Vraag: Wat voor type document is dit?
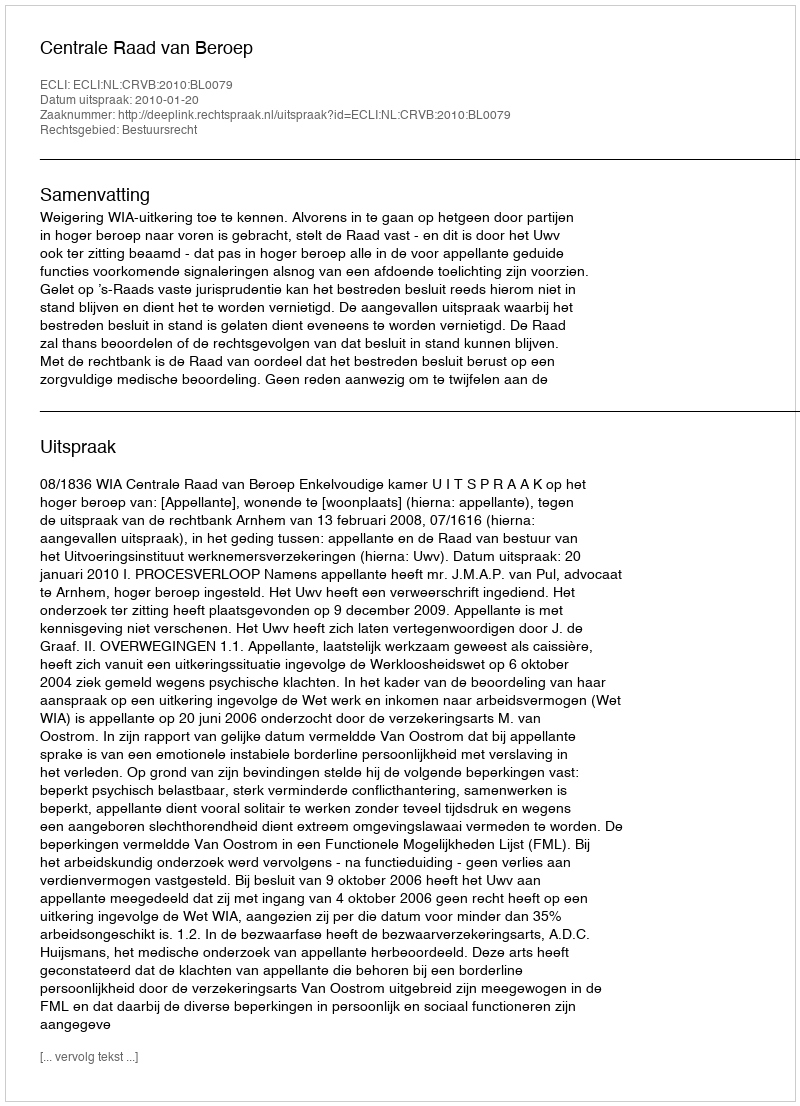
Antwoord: Uitspraak